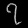
Digit: ၇